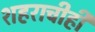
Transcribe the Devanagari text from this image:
शहराचीही